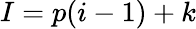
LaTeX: I=p(i-1)+k